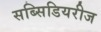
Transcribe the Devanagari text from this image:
सब्सिडियरीज